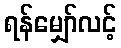
ရန်မျှော်လင့်